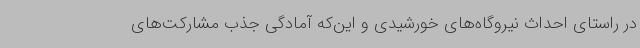
در راستای احداث نیروگاه‌های خورشیدی و این‌که آمادگی جذب مشارکت‌های